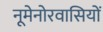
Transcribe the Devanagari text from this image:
नूमेनोरवासियों